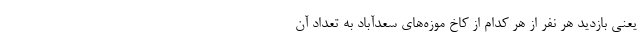
یعنی بازدید هر نفر از هر کدام از کاخ موزه‌های سعدآباد به تعداد آن